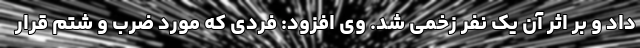
داد و بر اثر آن یک نفر زخمی شد. وی افزود: فردی که مورد ضرب و شتم قرار